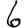
Digit: 6